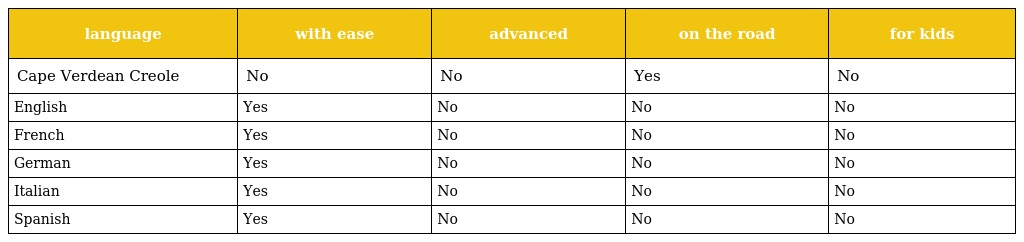
| language | with ease | advanced | on the road | for kids |
 | --- | --- | --- | --- | --- |
 | Cape Verdean Creole | No | No | Yes | No |
 | English | Yes | No | No | No |
 | French | Yes | No | No | No |
 | German | Yes | No | No | No |
 | Italian | Yes | No | No | No |
 | Spanish | Yes | No | No | No |